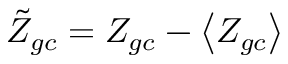
\tilde { Z } _ { g c } = Z _ { g c } - \left\langle Z _ { g c } \right\rangle